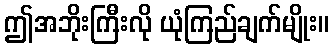
ဤအဘိုးကြီးလို ယုံကြည်ချက်မျိုး။